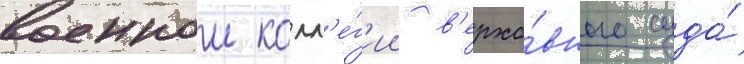
военнои колл'е́г'ии в'ерхо́вного суда́